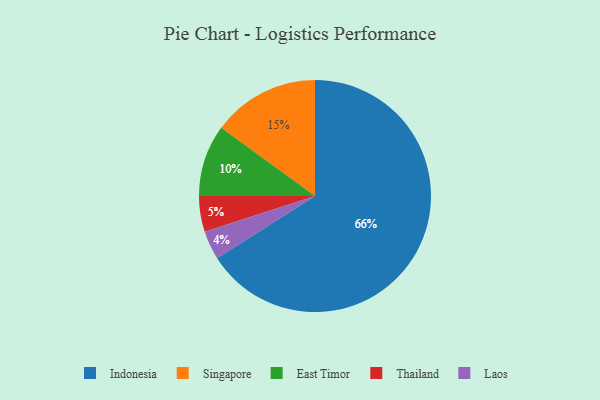
{"axis": {"x": "Category", "y": "Percentage"}, "legend": ["East Timor", "Indonesia", "Laos", "Singapore", "Thailand"], "data": [{"x": "Thailand", "y": 5, "type": "Thailand"}, {"x": "Indonesia", "y": 66, "type": "Indonesia"}, {"x": "Laos", "y": 4, "type": "Laos"}, {"x": "Singapore", "y": 15, "type": "Singapore"}, {"x": "East Timor", "y": 10, "type": "East Timor"}]}